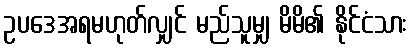
ဥပဒေအရမဟုတ်လျှင် မည်သူမျှ မိမိ၏ နိုင်ငံသား